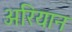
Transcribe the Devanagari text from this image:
अरियान